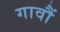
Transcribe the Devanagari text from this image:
गावौं